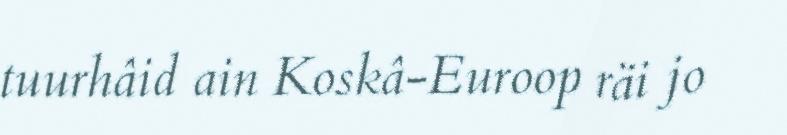
tuurhâid ain Koskâ-Euroop räi jo